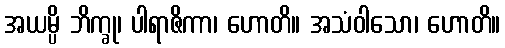
အယမ္ပိ ဘိက္ခု၊ ပါရာဇိကာ၊ ဟောတိ။ အသံဝါသော၊ ဟောတိ။